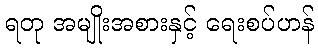
ရတု အမျိုးအစားနှင့် ရေးစပ်ဟန်